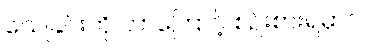
သေခြင်းကို ဘာကြောင့် စဉ်းစားရမှာလဲ